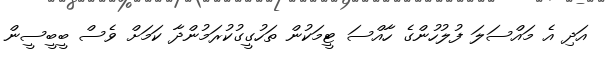
އަދި އެ މައްސަލަ ފުލުހުންގެ ހާއްސަ ޓީމަކުން ތަހުގީގުކުރަމުންދާ ކަމަށް ވެސް ބީބީސީން